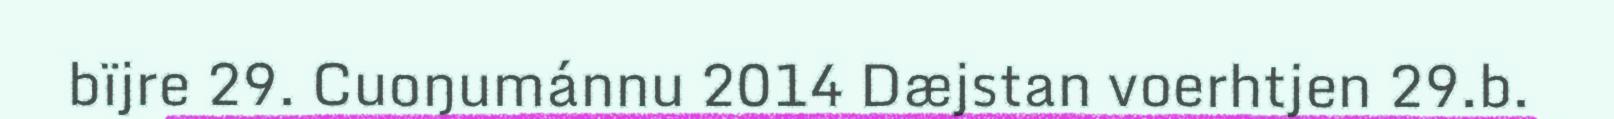
bïjre 29. Cuoŋumánnu 2014 Dæjstan voerhtjen 29.b.